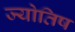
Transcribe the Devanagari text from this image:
ज्योतिष